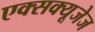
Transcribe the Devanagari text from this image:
एक्सक्यूजेज